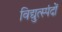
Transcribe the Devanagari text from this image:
विद्युत्स्पंदों